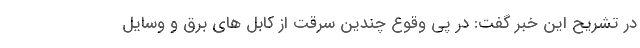
در تشریح این خبر گفت: در پی وقوع چندین سرقت از کابل های برق و وسایل